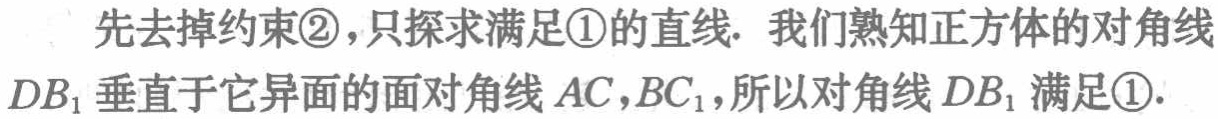
先去掉约束\textcircled{2}，只探求满足\textcircled{1}的直线. 我们熟知正方体的对角线$DB_{1}$垂直于它异面的面对角线$AC,BC_{1}$，所以对角线$DB_{1}$满足\textcircled{1}.